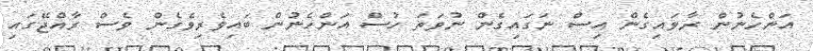
އަންހެނުން ރާވައިގެން އިސް ނަގައިގެން ނުވަތަ ހުސް އަންހެނުން ބައިވެރިވެގެން ވެސް ރާއްޖޭގައި